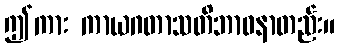
ဤကား ကာယဂတာသတိဘာဝနာတည်း။